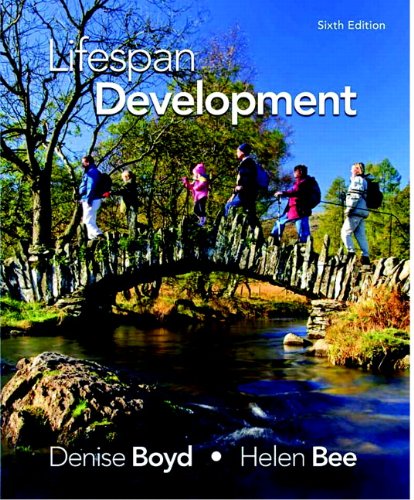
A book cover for Lifespan Development (6th Edition); Denise Boyd; Biographies & Memoirs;